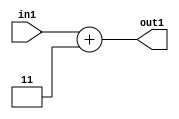
`timescale 1ps / 1ps
/*****************************************************************************
    Verilog RTL Description
    
    
    Created by: Stratus DpOpt 2019.1.01 
*******************************************************************************/

module DC_Filter_Add2i3u2_4 (
	in1,
	out1
	); /* architecture "behavioural" */ 
input [1:0] in1;
output [2:0] out1;
wire [2:0] asc001;

assign asc001 = 
	+(in1)
	+(3'B011);

assign out1 = asc001;
endmodule

/* CADENCE  urfxSAo= : u9/ySgnWtBlWxVPRXgAZ4Og= ** DO NOT EDIT THIS LINE ******/